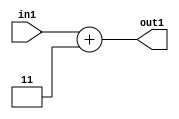
`timescale 1ps / 1ps
/*****************************************************************************
    Verilog RTL Description
    
    
    Created by: Stratus DpOpt 2019.1.01 
*******************************************************************************/

module DC_Filter_Add2i3u2_4 (
	in1,
	out1
	); /* architecture "behavioural" */ 
input [1:0] in1;
output [2:0] out1;
wire [2:0] asc001;

assign asc001 = 
	+(in1)
	+(3'B011);

assign out1 = asc001;
endmodule

/* CADENCE  urfxSAo= : u9/ySgnWtBlWxVPRXgAZ4Og= ** DO NOT EDIT THIS LINE ******/